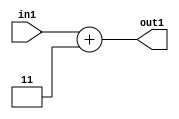
`timescale 1ps / 1ps
/*****************************************************************************
    Verilog RTL Description
    
    
    Created by: Stratus DpOpt 2019.1.01 
*******************************************************************************/

module DC_Filter_Add2i3u2_4 (
	in1,
	out1
	); /* architecture "behavioural" */ 
input [1:0] in1;
output [2:0] out1;
wire [2:0] asc001;

assign asc001 = 
	+(in1)
	+(3'B011);

assign out1 = asc001;
endmodule

/* CADENCE  urfxSAo= : u9/ySgnWtBlWxVPRXgAZ4Og= ** DO NOT EDIT THIS LINE ******/